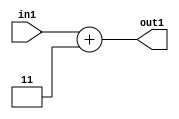
`timescale 1ps / 1ps
/*****************************************************************************
    Verilog RTL Description
    
    
    Created by: Stratus DpOpt 2019.1.01 
*******************************************************************************/

module DC_Filter_Add2i3u2_4 (
	in1,
	out1
	); /* architecture "behavioural" */ 
input [1:0] in1;
output [2:0] out1;
wire [2:0] asc001;

assign asc001 = 
	+(in1)
	+(3'B011);

assign out1 = asc001;
endmodule

/* CADENCE  urfxSAo= : u9/ySgnWtBlWxVPRXgAZ4Og= ** DO NOT EDIT THIS LINE ******/